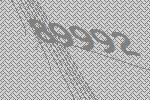
89992